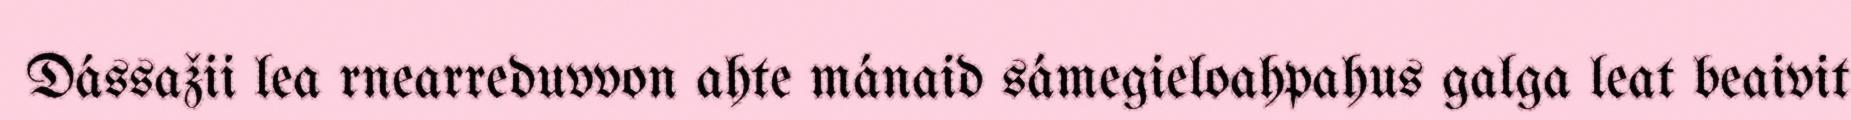
Dássažii lea rnearreduvvon ahte mánaid sámegieloahpahus galga leat beaivit